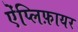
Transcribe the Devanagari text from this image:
ऐंप्लिफ़ायर